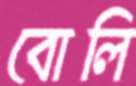
বোলি